Scottish Leaving Certificate Examination, 1952
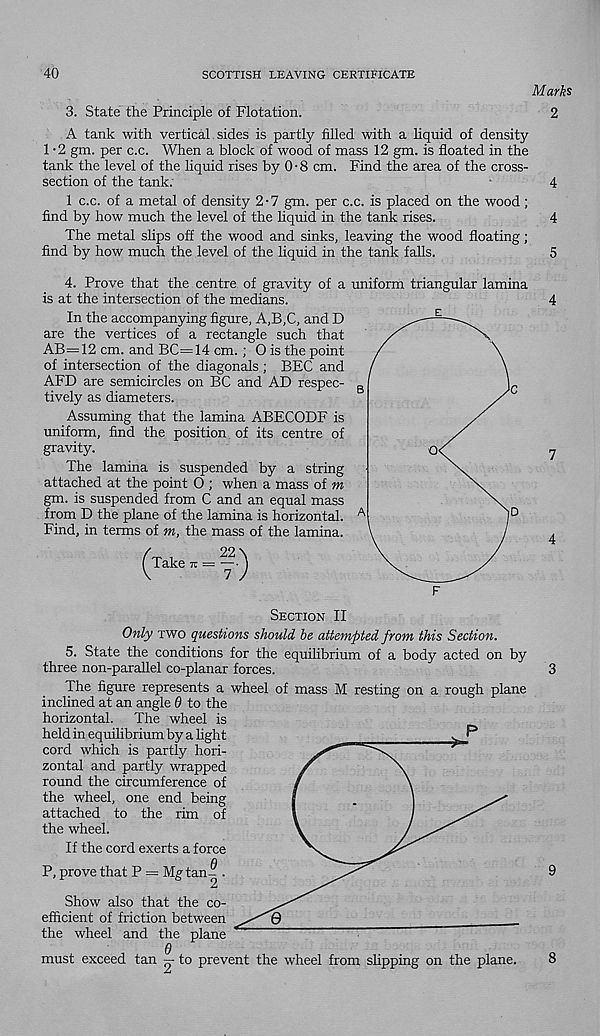
40
SCOTTISH LEAVING CERTIFICATE
Marks
3. State the Principle of Flotation.
A tank with vertical. sides is partly filled with a liquid of density
1 -2 gm. per c.c. When a block of wood of mass 12 gm. is floated in the
tank the level of the liquid rises by 0-8 cm. Find the area of the cross-
section of the tank.
1 c.c. of a metal of density 2-7 gm. per c.c. is placed on the wood;
find by how much the level of the liquid in the tank rises.
The metal slips off the wood and sinks, leaving the wood floating;
find by how much the level of the liquid in the tank falls.
4. Prove that the centre of gravity of a uniform triangular lamina
is at the intersection of the medians.
In the accompanying figure, A,B,C, and D
are the vertices of a rectangle such that
AB=12 cm. and BC=14 cm. ; O is the point
of intersection of the diagonals; BEC and
AFD are semicircles on BC and AD respec-
tively as diameters.
Assuming that the lamina ABECODF is
uniform, find the position of its centre of
gravity.
The lamina is suspended by a string
attached at the point O ; when a mass of m
gm. is suspended from C and an equal mass
from D the plane of the lamina is horizontal.
Find, in terms of m, the mass of the lamina.
Take -
22\
7 7
Section II
Only two questions should be attempted from this Section.
5. State the conditions for the equilibrium of a body acted on by
three non-parallel co-planar forces.
3
The figure represents a wheel of mass M resting on a rough plane
inclined at an angle d to the
horizontal. The wheel is
held in equilibrium by a light
cord which is partly hori-
zontal and partly wrapped
round the circumference of
the wheel, one end being
attached to the rim of
the wheel.
If the cord exerts a force
n
P, prove that P = Mg tan-? .
Show also that the co-
efficient of friction between
the wheel and the plane
6
must exceed tan — to prevent the wheel from slipping on the plane.